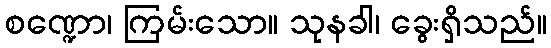
စဏ္ဍော၊ ကြမ်းသော။ သုနခါ၊ ခွေးရှိသည်။